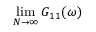
\operatorname* { l i m } _ { N \rightarrow \infty } G _ { 1 1 } ( \omega )